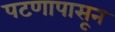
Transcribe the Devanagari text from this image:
पटणापासून